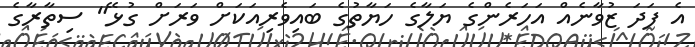
އެ ފަދަ ޒުވާނެއް އަހަރެންގެ ޔަލާގެ ހަޔާތުގެ ބައިވެރިއަކަށް ވަރަށް ގުޅޭ" ސިތާރާގެ